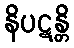
နိပဋန္တိ